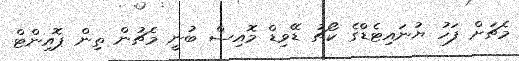
މެޗަށް ފަހު ޔުނައިޓެޑްގެ ކޯޗު ޑޭވިޑް މޮއިސް ބުނީ މެޗުން ތިން ޕޮއިންޓް